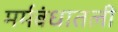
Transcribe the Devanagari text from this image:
मर्मबंधातली